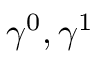
\gamma ^ { 0 } , \gamma ^ { 1 }